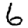
Digit: 6